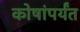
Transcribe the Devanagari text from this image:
कोषांपर्यंत